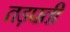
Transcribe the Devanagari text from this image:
तड़पती